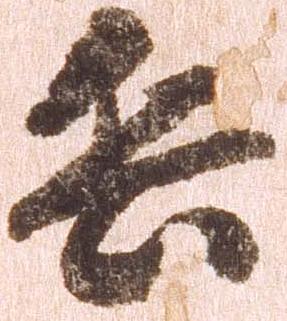
兵